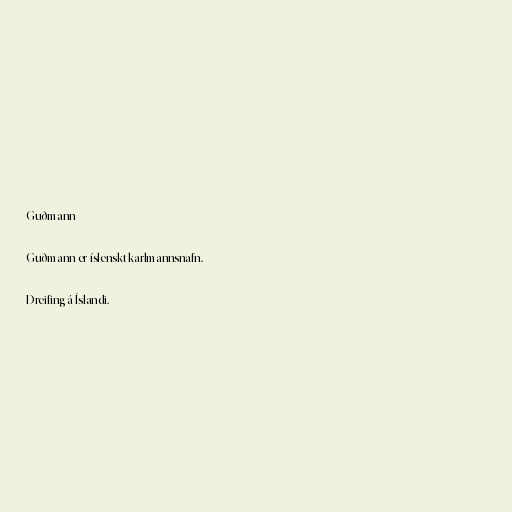
Guðmann

Guðmann er íslenskt karlmannsnafn.

Dreifing á Íslandi.